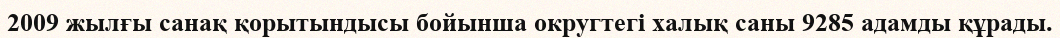
2009 жылғы санақ қорытындысы бойынша округтегі халық саны 9285 адамды құрады.